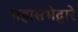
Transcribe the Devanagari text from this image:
महासभेद्वारे